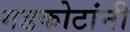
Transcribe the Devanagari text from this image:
गडकोटांनी